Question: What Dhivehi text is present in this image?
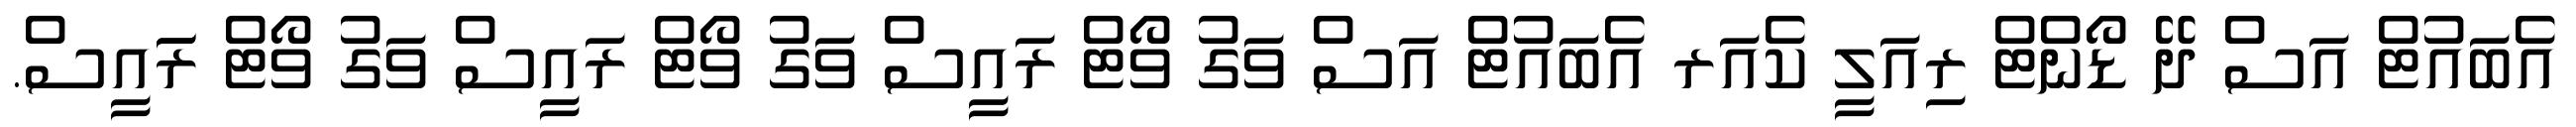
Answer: އެބައުޓް އަސް ދޭ ޑޯންޓް ރިއަލީ ކެއަރ އެބައުޓް އަސް ވަގު ވޯޓް ރައީސް ވަގު ވޯޓް ރައީސް ވަގު ވޯޓް ރަައީސް.